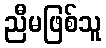
ညီမဖြစ်သူ